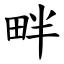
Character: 畔